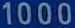
1000